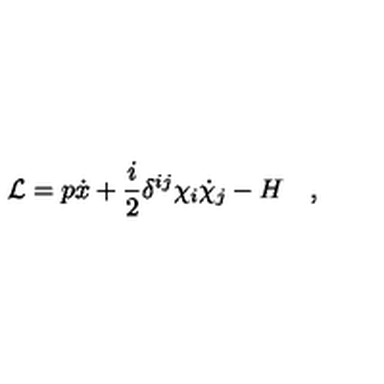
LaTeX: { \cal L } = p \dot { x } + { \frac { i } { 2 } } \delta ^ { i j } \chi _ { i } \dot { \chi } _ { j } - H \quad ,